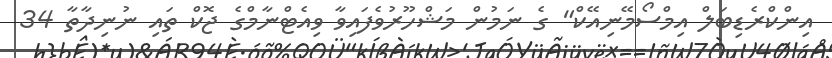
އިންކްރެޑިބަލް އިމްސޯމޭނިއޭކް" ގެ ނަމުން މަޝްހޫރުވެފައިވާ ވިއެޓްނާމްގެ ޖޮކް ތައި ނުނިދާތާ 34